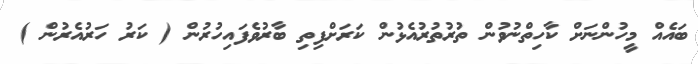
ބައެއް މީހުންނަށް ކާހިތްނުވުން ތުރުތުރުއެޅުން ކަރަށްފިތި ބާރުވެފައިހުރުން ( ކަރު ހަރުއެރުން )